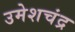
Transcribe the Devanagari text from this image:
उमेशचंद्र